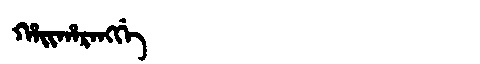
Manchu: ᡥᠠᡳᡥᠠᡵᠠᠩᡤᡝ
Romanization: HAIHARANGGE